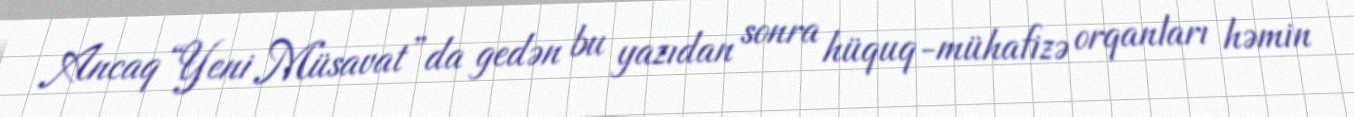
Ancaq “Yeni Müsavat”da gedən bu yazıdan sonra hüquq-mühafizə orqanları həmin